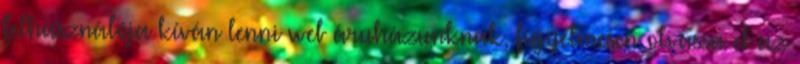
felhasználója kíván lenni web áruházunknak, figyelmesen olvassa el az